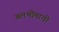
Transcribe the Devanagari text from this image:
बलभीमाची